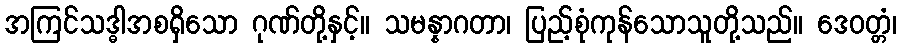
အကြင်သဒ္ဓါအစရှိသော ဂုဏ်တို့နှင့်။ သမန္နာဂတာ၊ ပြည့်စုံကုန်သောသူတို့သည်။ ဒေဝတ္တံ၊